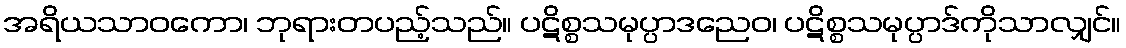
အရိယသာဝကော၊ ဘုရားတပည့်သည်။ ပဋိစ္စသမုပ္ပာဒညေဝ၊ ပဋိစ္စသမုပ္ပာဒ်ကိုသာလျှင်။